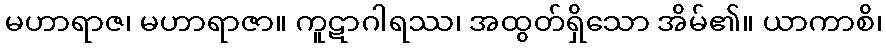
မဟာရာဇ၊ မဟာရာဇာ။ ကူဋာဂါရဿ၊ အထွတ်ရှိသော အိမ်၏။ ယာကာစိ၊